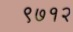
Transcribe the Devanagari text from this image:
९७१२